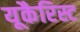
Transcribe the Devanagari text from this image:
यूकैरिस्ट